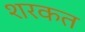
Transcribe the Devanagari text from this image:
शरकत